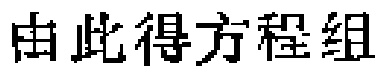
由此得方程组